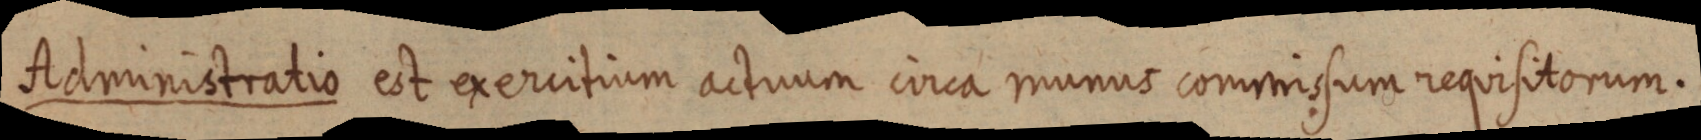
Administratio est exercitium actuum circa munus commissum nequisitorum.